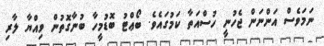
ނަމަވެސް އަންނަން ޖެހުނީ ހުސްއަތާ ކަމުގައެވެ. ބޯޢްޓު ބޮޑުމީހާ ބުނާގޮތުން ވިއްޔާ ލާރި